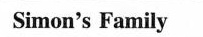
Simon's Family